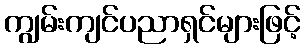
ကျွမ်းကျင်ပညာရှင်များဖြင့်